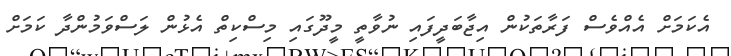
އެކަމަށް އެއްވެސް ފަރާތަކުން އިޖާބަދީފައި ނުވާތީ މީދޫގައި މިސްކިތް އެޅުން ލަސްވަމުންދާ ކަމަށް